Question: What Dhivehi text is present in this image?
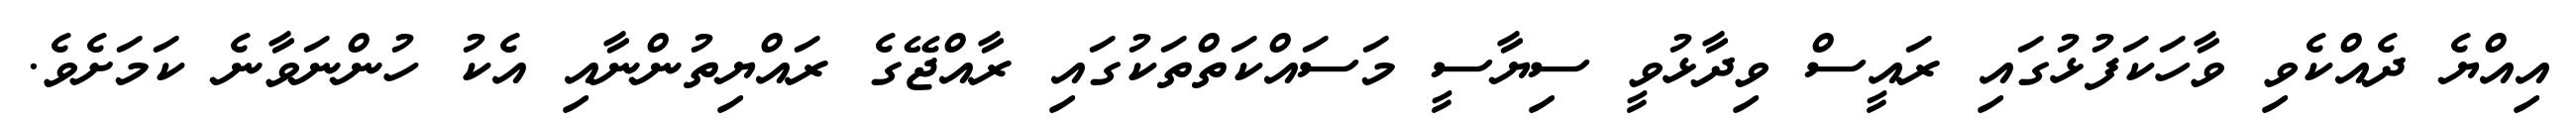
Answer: އިއްޔެ ދެއްކެވި ވާހަކަފުޅުގައި ރައީސް ވިދާޅުވީ ސިޔާސީ މަސައްކަތްތަކުގައި ރާއްޖޭގެ ރައްޔިތުންނާއި އެކު ހުންނަވާނެ ކަމަށެވެ.